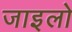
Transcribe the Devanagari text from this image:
जाइलो